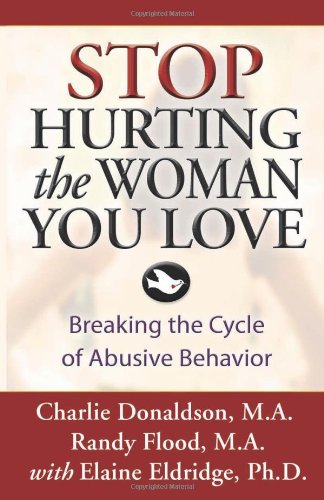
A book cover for Stop Hurting the Woman You Love: Breaking the Cycle of Abusive Behavior; Charlie Donaldson M.A.; Self-Help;